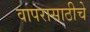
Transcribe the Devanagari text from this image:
वापरासाठीचे